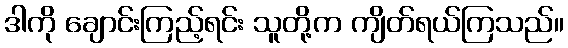
ဒါကို ချောင်းကြည့်ရင်း သူတို့က ကျိတ်ရယ်ကြသည်။